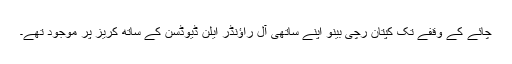
چائے کے وقفے تک کپتان رچی بینو اپنے ساتھی آل راؤنڈر ایلن ڈیوڈسن کے ساتھ کریز پر موجود تھے۔